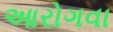
આરોગવા